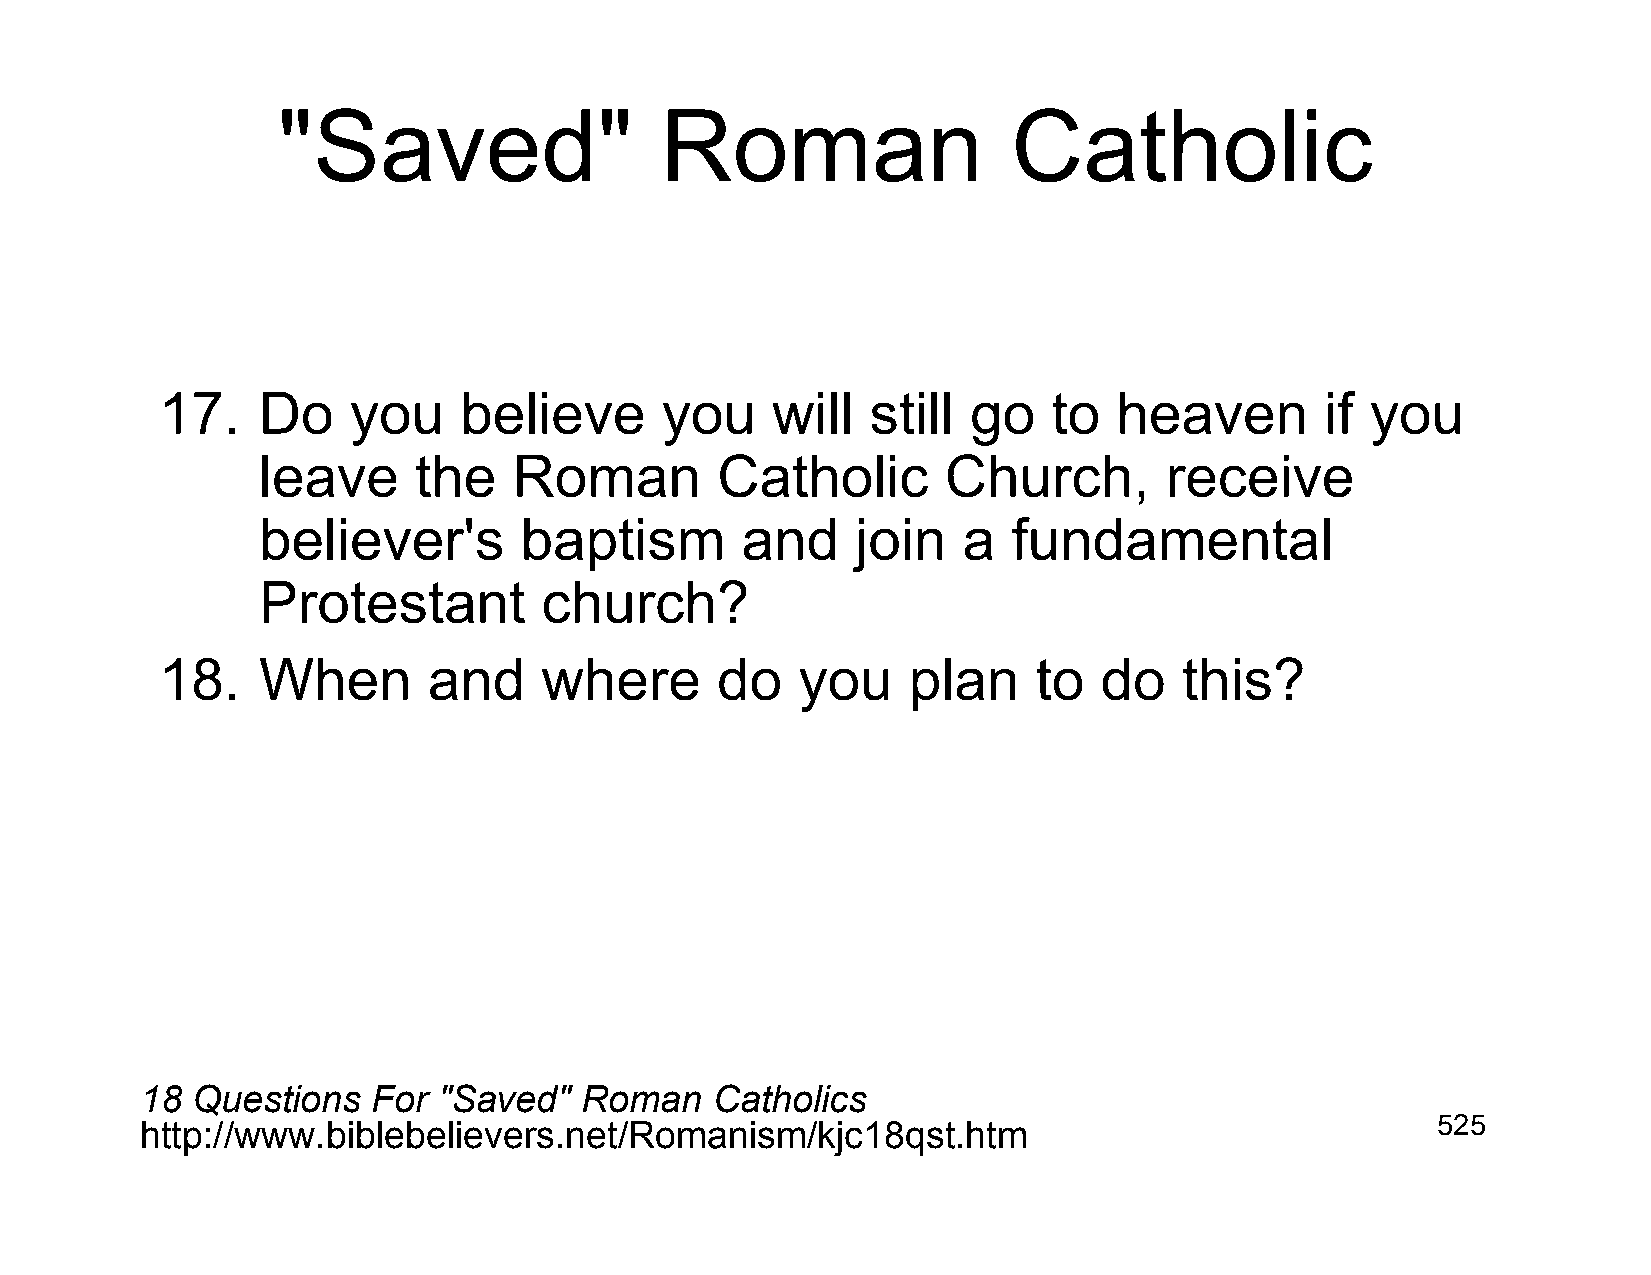
"Saved"                   Roman                  Catholic
 17.   Do    you    believe       you    will   still go    to  heaven        if you
 leave     the    Roman        Catholic        Church,       receive
 believer's       baptism        and     join   a  fundamental
 Protestant         church?
 18.   When       and     where      do    you    plan     to  do   this?
 18  Questions   For "Saved"  Roman    Catholics
 http://www.biblebelievers.net/Romanism/kjc18qst.htm                                   525